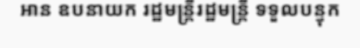
អាន ឧបនាយក រដ្ឋមន្ត្រីរដ្ឋមន្ត្រី ទទួលបន្ទុក